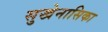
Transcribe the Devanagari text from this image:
सुखेनासिका